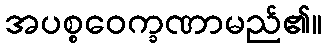
အပစ္စဝေက္ခဏာမည်၏။